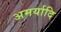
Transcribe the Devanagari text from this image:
अमर्यादि